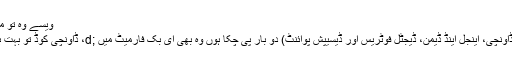
ویسے وہ تو میں نے فلم بھی نہیں دیکھی
ڈان براوں کی چار کتابیں(ڈاونچی، اینجل اینڈ ڈیمن، ڈیجٹل فوٹریس اور ڈیسیپش پوائنٹ) دو بار پی چکا ہوں وہ بھی ای بک فارمیٹ میں ;d، ڈاونچی کوڈ تو بہت ہی اختصار سے بنائی تھی۔